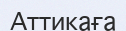
Аттикаға